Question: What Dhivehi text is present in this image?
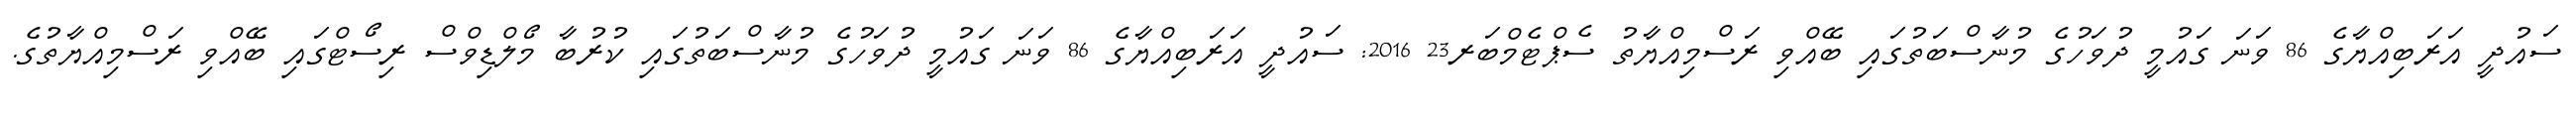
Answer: ސައުދީ އަރަބިއްޔާގެ 86 ވަނަ ގައުމީ ދުވަހުގެ މުނާސްބަތުގައި ބޭއްވި ރަސްމިއްޔާތު ސެޕްޓެމްބަރ23 2016: ސައުދީ އަރަބިއްޔާގެ 86 ވަނަ ގައުމީ ދުވަހުގެ މުނާސްބަތުގައި ކުރުބާ މޯލްޑިވްސް ރިސޯޓްގައި ބޭއްވި ރަސްމިއްޔާތުގެ.